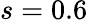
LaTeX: s=0.6